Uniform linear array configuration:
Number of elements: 16
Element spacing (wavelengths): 0.5
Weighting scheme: exponential
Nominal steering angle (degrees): -60
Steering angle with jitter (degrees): -60.977
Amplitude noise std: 0.05
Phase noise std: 0.05

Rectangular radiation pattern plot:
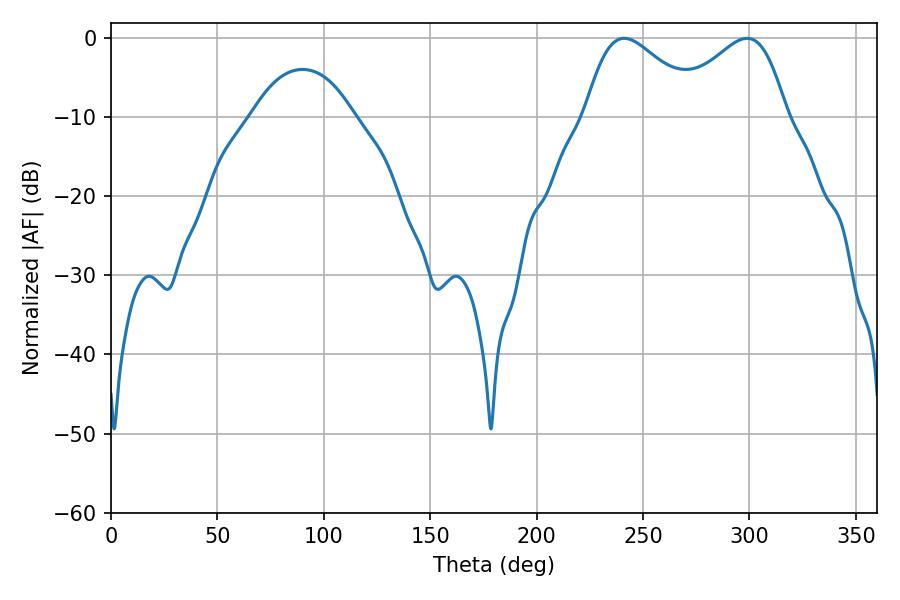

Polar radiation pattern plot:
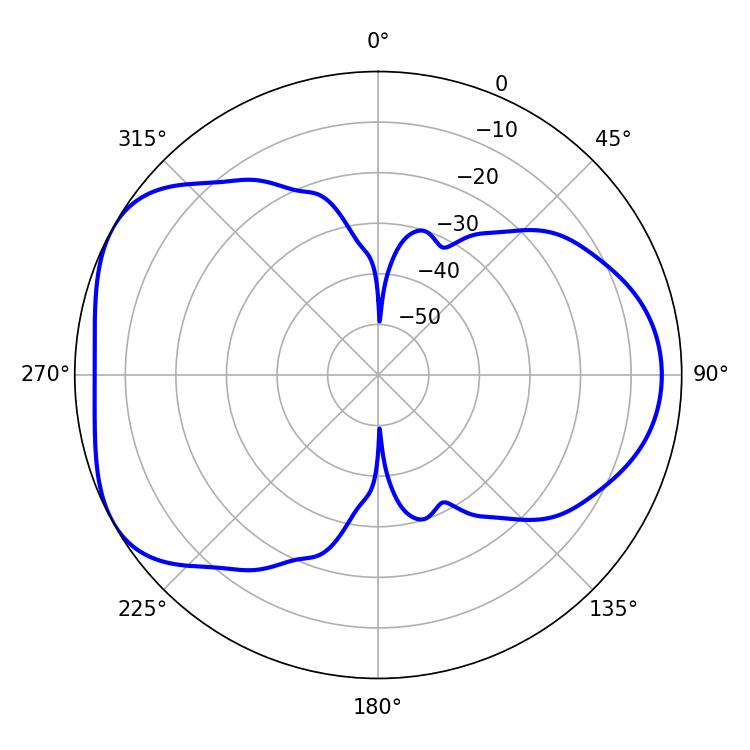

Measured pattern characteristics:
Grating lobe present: FALSE
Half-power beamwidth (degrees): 29.16
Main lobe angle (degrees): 298.8